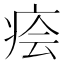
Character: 𤶊